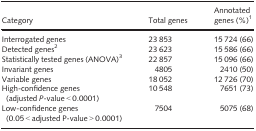
| Category | Total genes | Annotated genes (%)a |
 | --- | --- | --- |
 | Interrogated genes | 23 853 | 15 724 (66) |
 | Detected genesb | 23 623 | 15 586 (66) |
 | Statistically tested genes (ANOVA)c | 22 857 | 15 096 (66) |
 | Invariant genes | 4805 | 2410 (50) |
 | Variable genes | 18 052 | 12 726 (70) |
 | High‐confidence genes (adjusted P‐value < 0.0001) | 10 548 | 7651 (73) |
 | Low‐confidence genes (0.05 < adjusted P‐value > 0.0001) | 7504 | 5075 (68) |